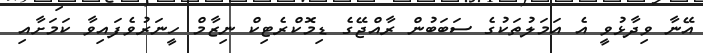
އޭނާ ވިދާޅުވީ އެ އަމަލުތަކުގެ ސަބަބުން ރާއްޖޭގެ ޑިމޮކްރެޓިކް ނިޒާމް ހީނަރުވެފައިވާ ކަމަށާއި